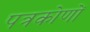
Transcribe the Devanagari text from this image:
पत्रकोणों